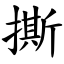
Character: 撕